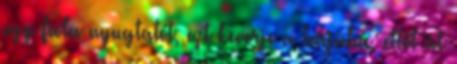
egy fiola nyugtatót, ezt keverje a teájába, ettől át